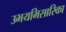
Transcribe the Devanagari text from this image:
उभयभिसारिका